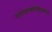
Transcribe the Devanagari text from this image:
फालाक्रोकोरेसिफॉर्म्स